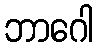
ဘာဂေါ